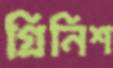
গ্রিনিশ